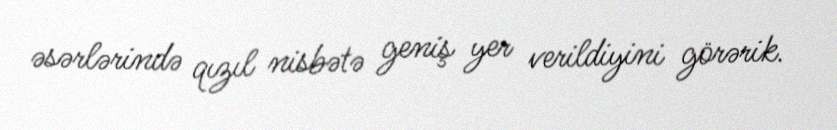
əsərlərində qızıl nisbətə geniş yer verildiyini görərik.